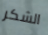
الشكر